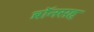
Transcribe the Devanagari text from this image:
ब्रॉनसह